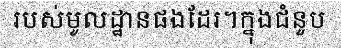
របស់មូលដ្ឋានផងដែរ។ក្នុងជំនួប